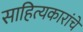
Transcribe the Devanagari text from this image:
साहित्यकारांचे